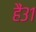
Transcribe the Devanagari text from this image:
हैं३१